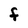
Character: F